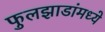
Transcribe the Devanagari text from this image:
फुलझाडांमध्ये